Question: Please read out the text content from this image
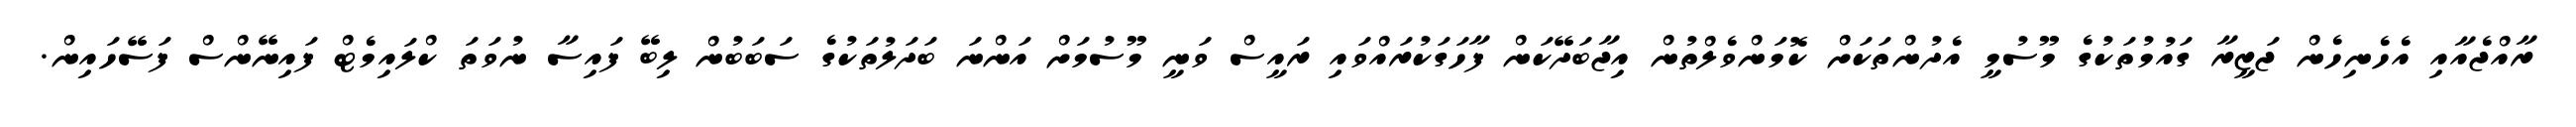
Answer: ރާއްޖެއާއި އެހެނިހެން ޖަޒީރާ ގައުމުތަކުގެ މޫސުމީ އެދުންތަކަށް ކޮމަންވެލްތުން އިޖާބަދޭކަން ފާހަގަކުރައްވައި ރައީސް ވަނީ މޫސުމަށް އަންނަ ބަދަލުތަކުގެ ސަބަބުން ލިބޭ ފައިސާ ނުވަތަ ކްލައިމެޓް ފައިނޭންސް ފަސޭހައިން.